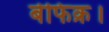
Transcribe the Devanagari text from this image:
बेफिक्र।